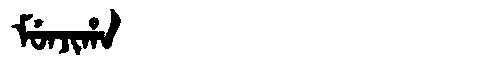
Manchu: ᠮᡠᠨᠵᡳᡥᠠ
Romanization: MUNJIHA